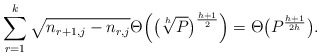
\begin{align*}\sum_{r=1}^k \sqrt{n_{r+1,j} - n_{r,j}} \Theta \Big(\big(\sqrt[h]{P}\big)^{\frac{h+1}{2}}\Big) = \Theta\big(P^{\frac{h+1}{2h}}\big).\end{align*}